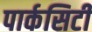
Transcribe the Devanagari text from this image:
पार्कसिटी